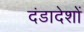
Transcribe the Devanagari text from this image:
दंडादेशों